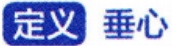
定义 垂心